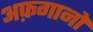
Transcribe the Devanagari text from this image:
अफ़गानो